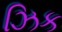
ઝિક